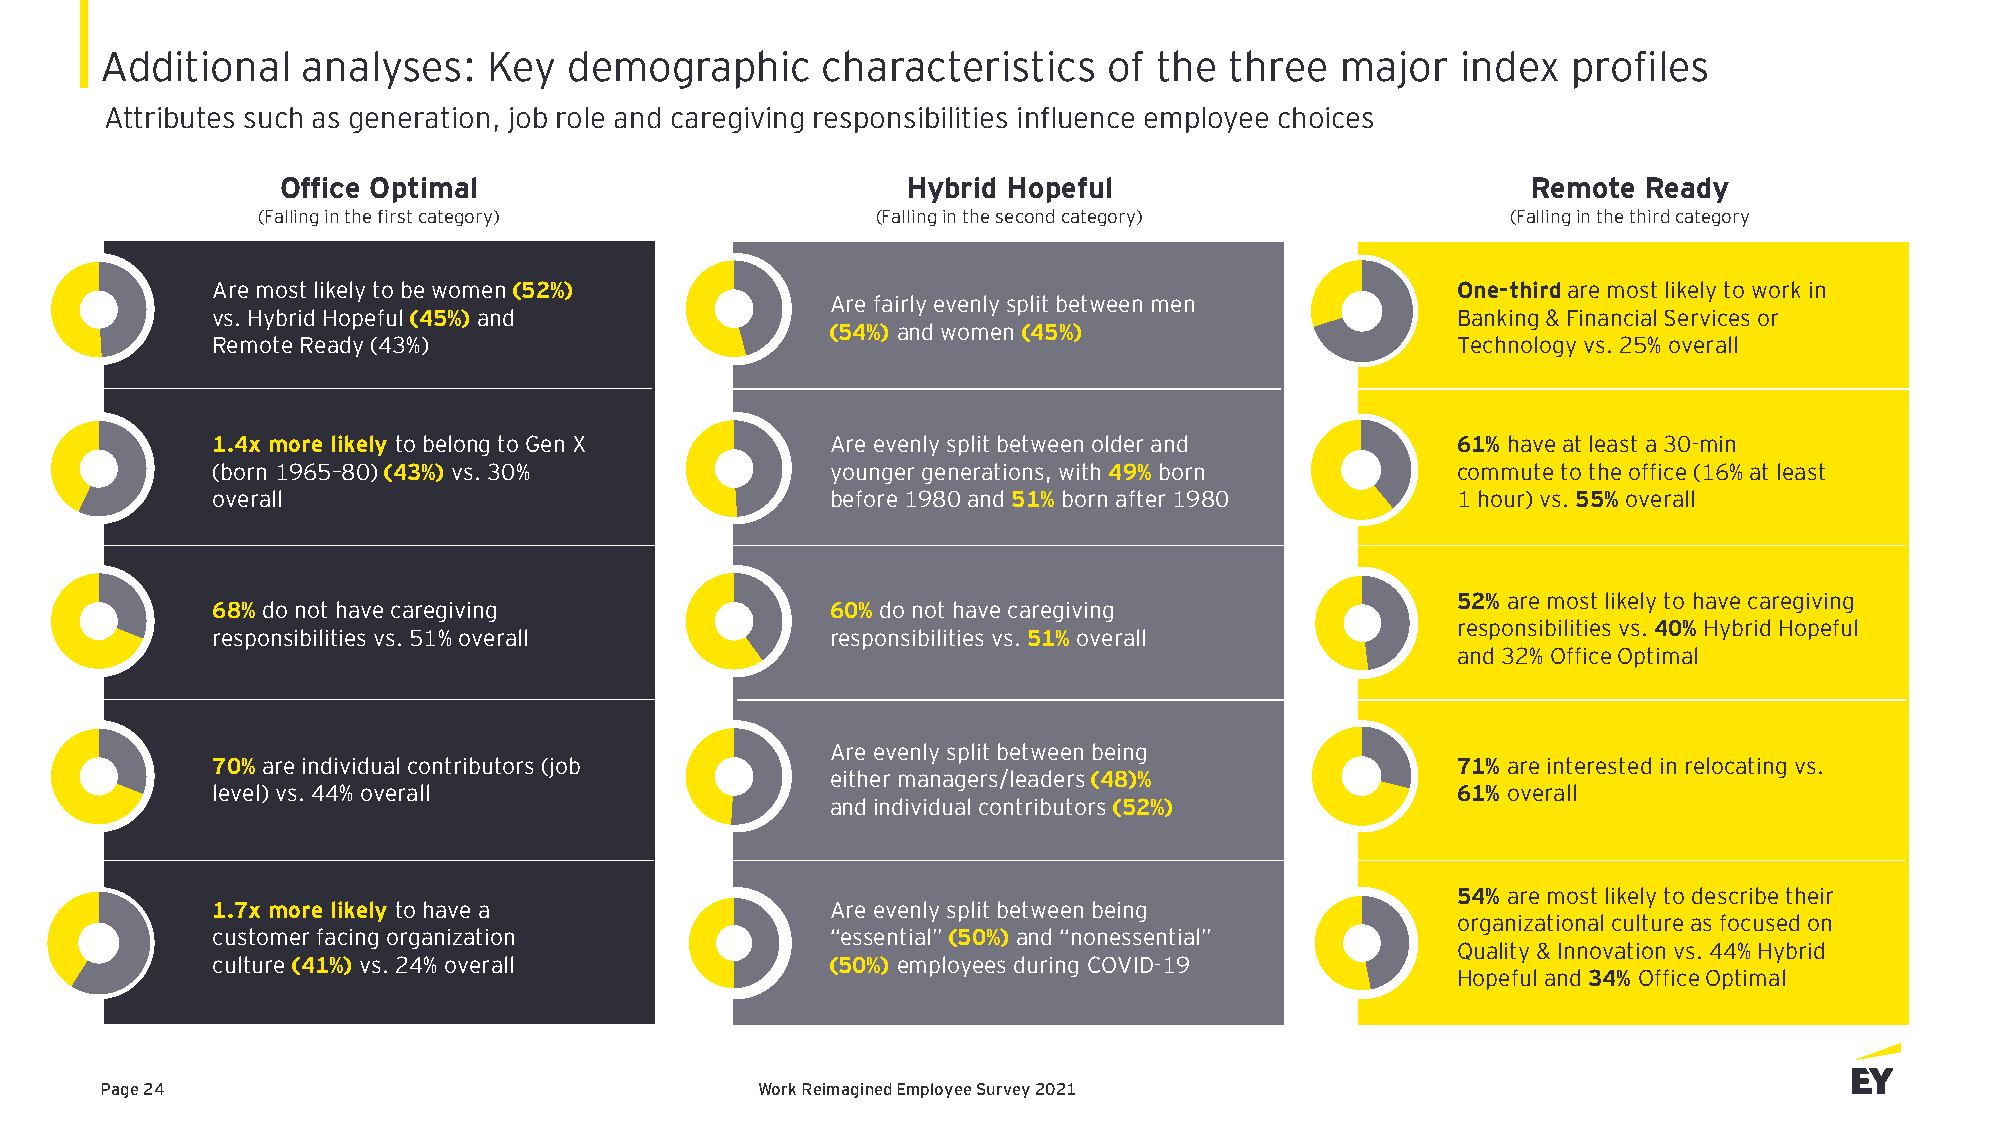
Additional   analyses:   Key   demographic     characteristics    of  the three   major   index  profiles
 Attributes such as generation, job role and caregiving responsibilities influence employee choices
 Office Optimal                           Hybrid Hopeful                           Remote  Ready
 (Falling in the first category)          (Falling in the second category)          (Falling in the third category
 Are most likely to be women (52%)                                                 One-thirdare most likely to work in
 Are fairly evenly split between men
 vs. Hybrid Hopeful (45%) and                                                      Banking & Financial Services or
 (54%) and women (45%)
 Remote Ready (43%)                                                                Technology vs. 25% overall
 1.4x more likely to belong to Gen X      Are evenly split between older and       61% haveat least a 30-min
 (born 1965–80) (43%) vs. 30%             younger generations, with 49% born       commute to the office (16% at least
 overall                                  before 1980 and 51% born after 1980      1 hour) vs. 55% overall
 52% are most likely to have caregiving
 68% do not have caregiving               60% do not have caregiving
 responsibilitiesvs. 40% Hybrid Hopeful
 responsibilities vs. 51% overall         responsibilities vs. 51% overall
 and 32% Office Optimal
 Are evenly split between being
 70% are individual contributors (job                                              71% are interested in relocating vs.
 either managers/leaders (48)%
 level)vs. 44% overall                                                             61% overall
 and individual contributors (52%)
 54% are most likely to describe their
 1.7x more likely to have a               Are evenly split between being
 organizational culture as focused on
 customer facing organization             “essential” (50%) and “nonessential”
 Quality & Innovation vs. 44% Hybrid
 culture (41%) vs. 24% overall            (50%) employees during COVID-19
 Hopeful and 34% Office Optimal
 Page 24                                    Work Reimagined Employee Survey 2021